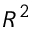
R ^ { 2 }